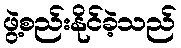
ဖွဲ့စည်းနိုင်ခဲ့သည်